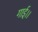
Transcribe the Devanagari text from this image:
गाई।।